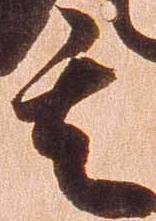
其